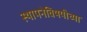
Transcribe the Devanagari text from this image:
स्थापनेविषयीच्या